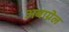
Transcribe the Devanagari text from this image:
अबाग्नेल